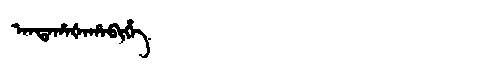
Manchu: ᠠᠨᡩᠠᡥᠠᡧᠠᡥᠠᠪᡳᡥᡝ
Romanization: ANDAHAŠAHABIHE